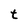
Character: t